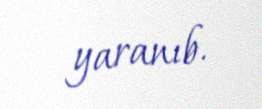
yaranıb.